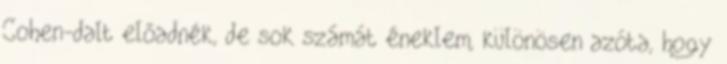
Cohen-dalt előadnék, de sok számát éneklem, különösen azóta, hogy